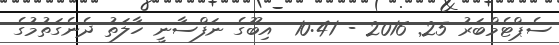
ސެޕްޓެމްބަރު 25